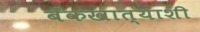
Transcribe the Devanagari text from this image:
बँकखात्याशी